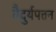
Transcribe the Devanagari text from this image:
वैदुर्यपत्तन